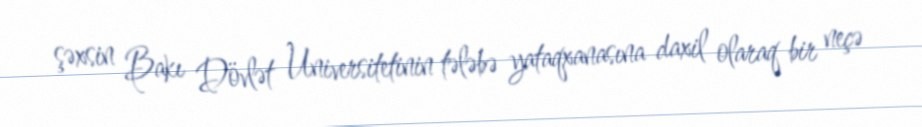
şəxsin Bakı Dövlət Universitetinin tələbə yataqxanasına daxil olaraq bir neçə